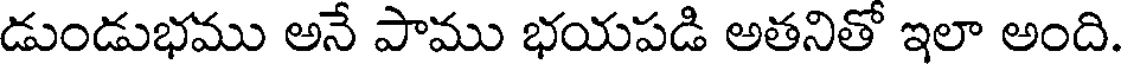
డుండుభము అనే పాము భయపడి అతనితో ఇలా అంది.